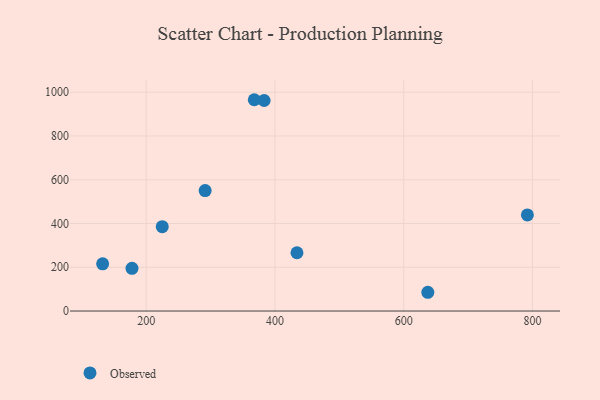
{"axis": {"x": "Price", "y": "Rating"}, "legend": ["Observed"], "data": [{"x": "225.0", "y": 385.3, "type": "Observed"}, {"x": "434.2", "y": 266.3, "type": "Observed"}, {"x": "637.4", "y": 85.7, "type": "Observed"}, {"x": "367.9", "y": 965.7, "type": "Observed"}, {"x": "132.4", "y": 215.9, "type": "Observed"}, {"x": "291.6", "y": 550.3, "type": "Observed"}, {"x": "792.0", "y": 439.0, "type": "Observed"}, {"x": "178.0", "y": 195.2, "type": "Observed"}, {"x": "383.2", "y": 962.2, "type": "Observed"}]}